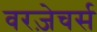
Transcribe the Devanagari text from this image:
वरज़ेचर्स